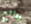
ودائع